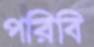
পরিবি